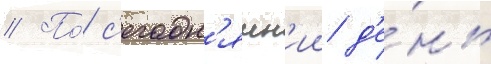
// По́ с'егодн'яшн'ии д'е́нь